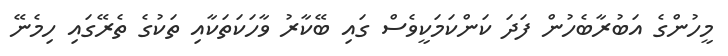
މީހުންގެ އަބުރާބެހުން ފަދަ ކަންކަމަކީވެސް ގައި ބޭކާރު ވާހަކަތަކާއި ތަކުގެ ތެރޭގައި ހިމެނޭ